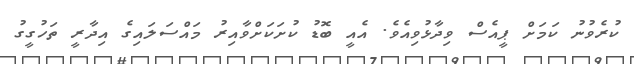
ކުރެވުނު ކަމަށް ޕީއެސް ވިދާޅުވިއެވެ. އެއީ ބޮޑު ކުށަކަށްވާއިރު މައްސަލައިގެ އިދާރީ ތަހުގީގު